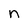
Character: n